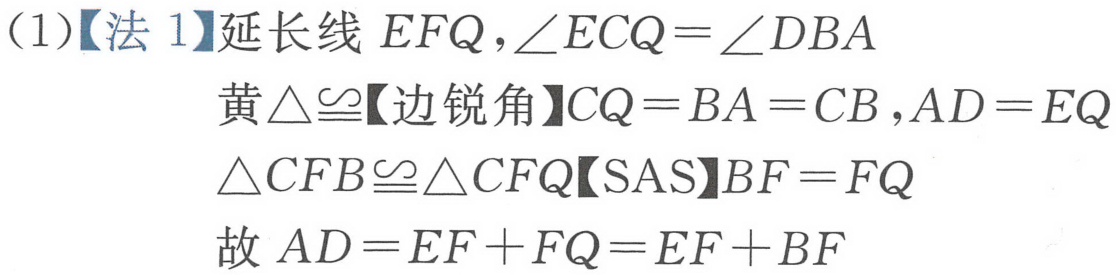
(1)【法 1】延长线 \(EFQ\)，\(\angle ECQ=\angle DBA\)
黄\(\triangle\cong\)【边锐角】\(CQ = BA = CB\)，\(AD = EQ\)
\(\triangle CFB\cong\triangle CFQ\)【SAS】\(BF = FQ\)
故 \(AD=EF + FQ=EF + BF\)